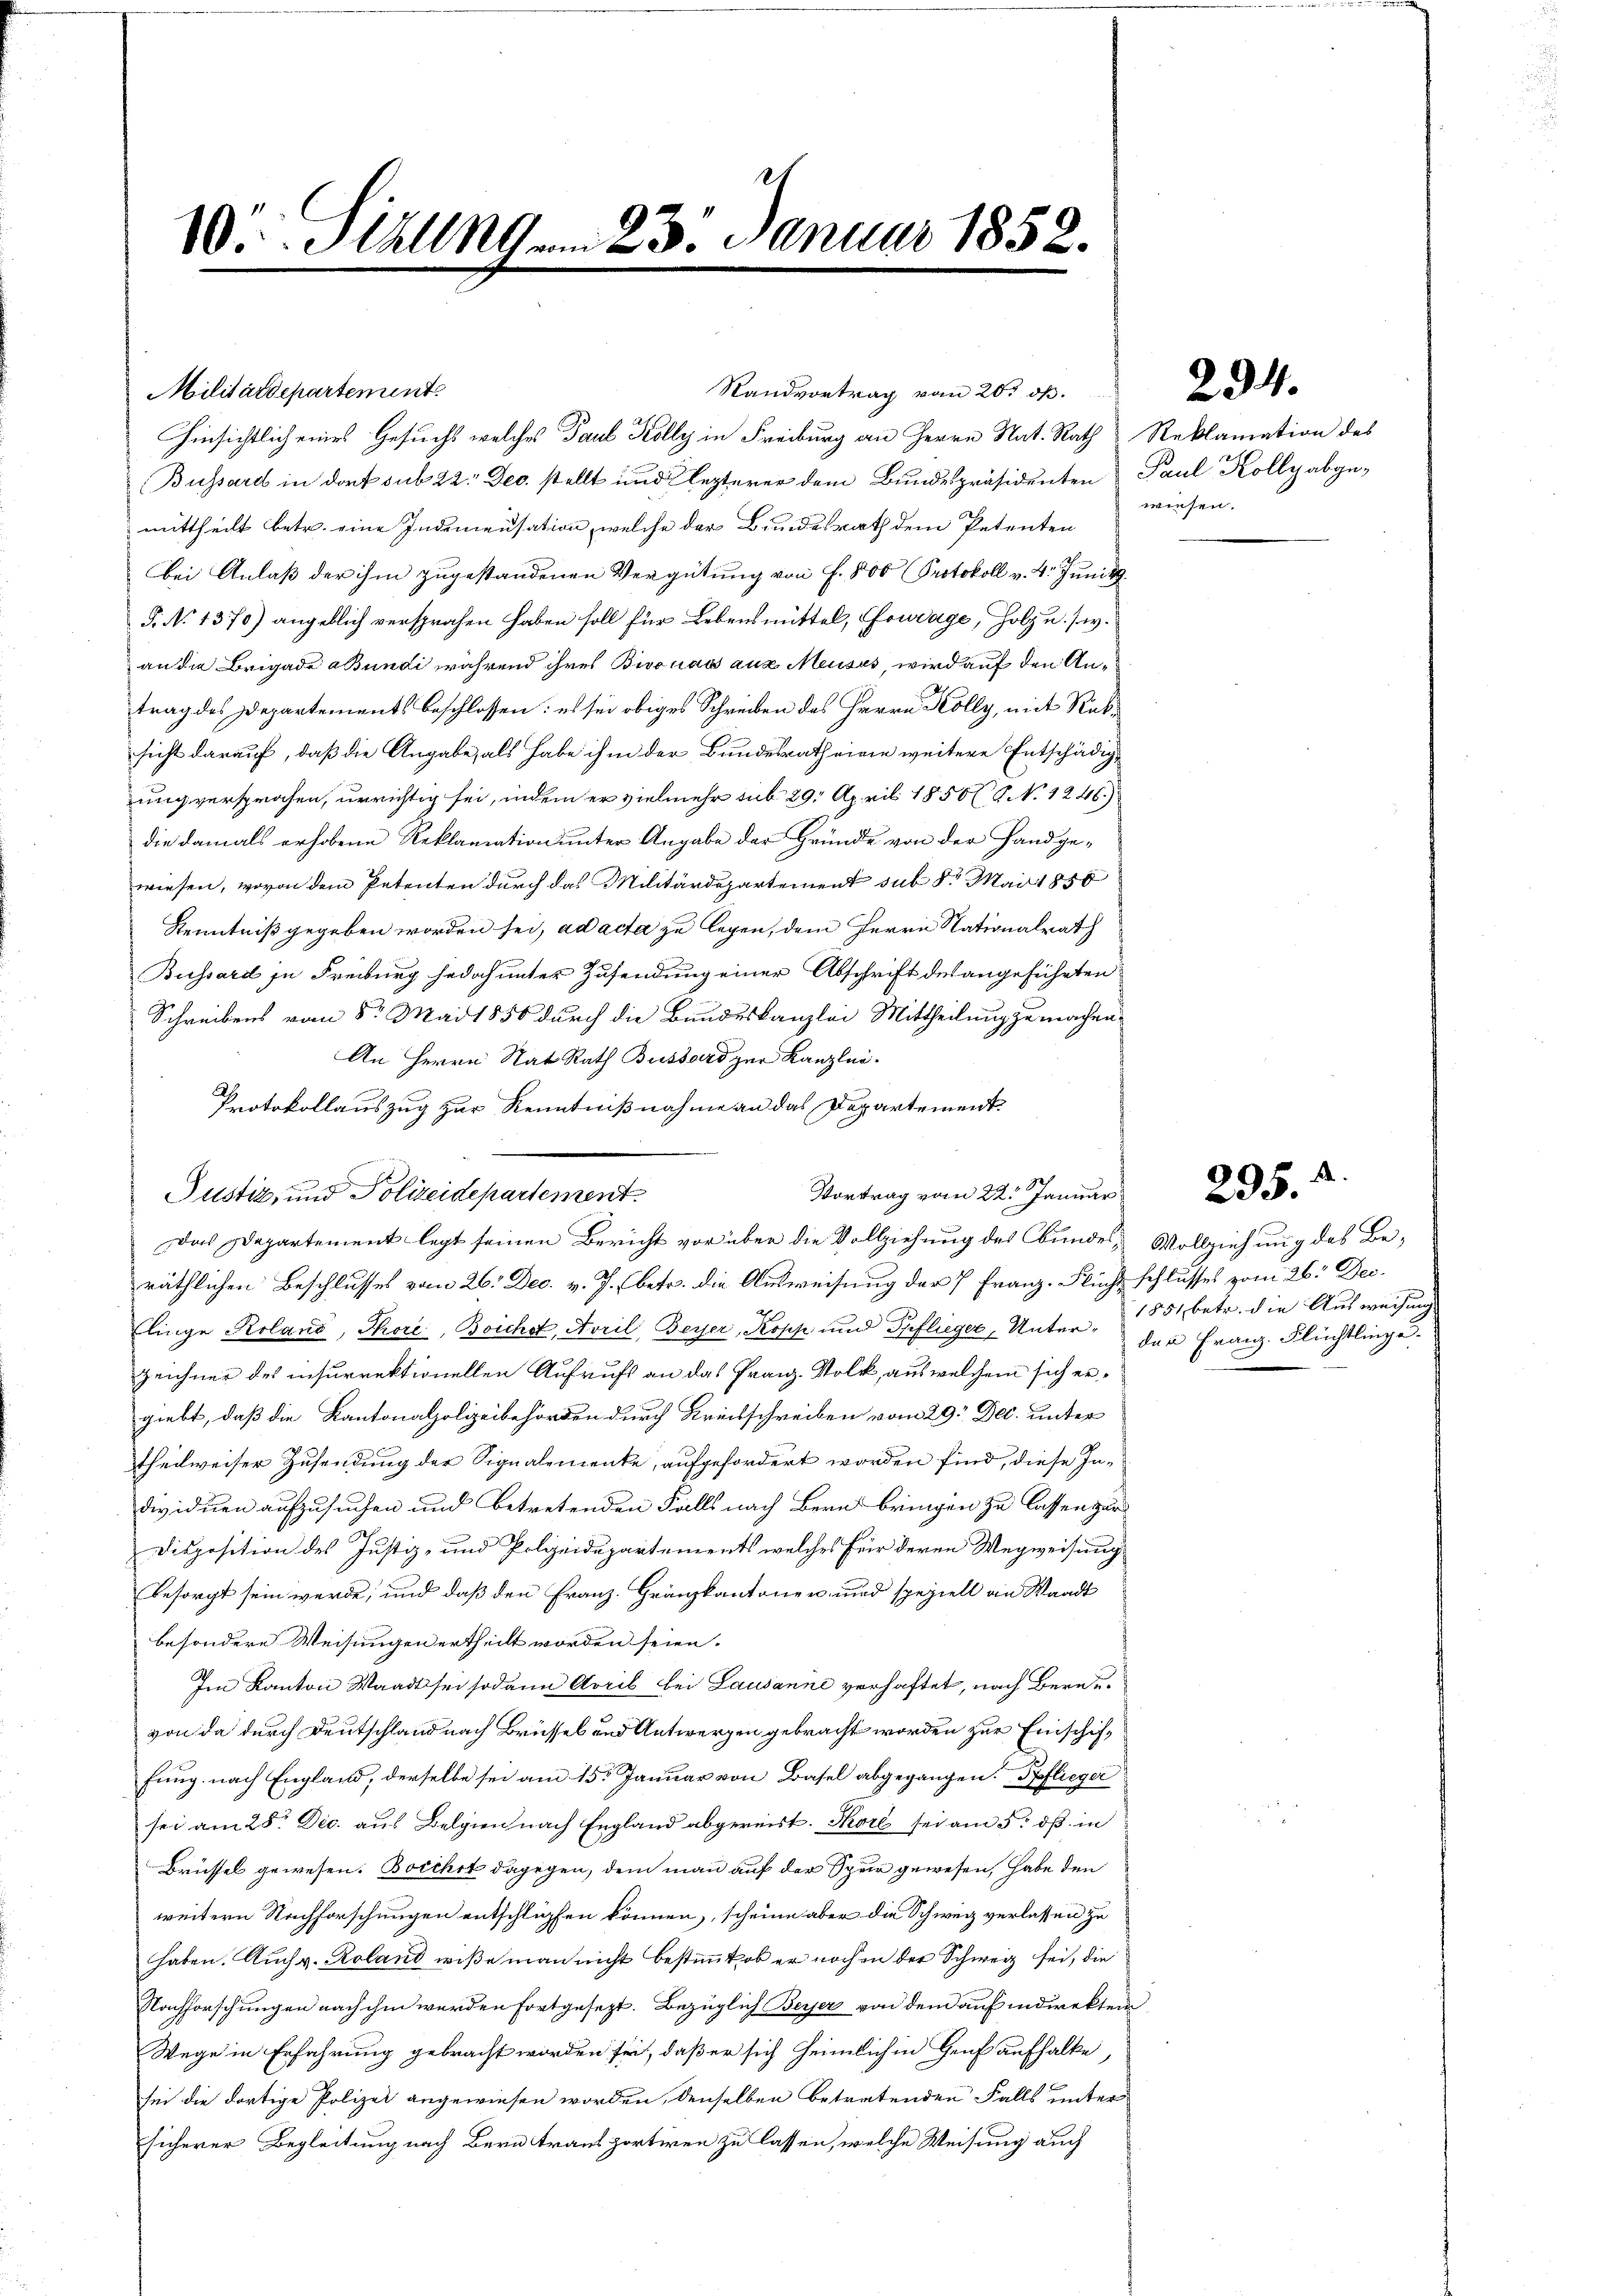
Militärdepartement.
Standvortrag vom 20. ß.
Hinsichtlich eines Gesuchs welches Paul Kolly in Freiburg an Herrn Nat. Rath Reklamation des
Bussard in dort sub 22. Dec. stellt und lezterer dem Bundespräsidenten Paul Kolly abge-
mittheilt betr. eine Indemensation, welche der Bundesrath dem Petenten
bei Anlaß der ihm zugestandenen Vergütung von f. 500 (Protokoll v. 4. Juni
5. No 1370) angeblich versprochen haben soll für Lebensmittel, Courage, Holz u. s. w.
an die Brigade Bundi während ihres Bivonas aus Meuses, wird auf den Antrag des Departements beschlossen: es sei obiges Schreiben des Herrn Kolly, mit Rüksicht darauf, daß die Angabe, als habe ihm der Bundesrath eine weitere Entschädigung versprochen, unrichtig sei, indem er vielmehr sub 29. April 1856 9 No 1246.)
die damals erhobene Reklamation unter Angabe der Gründe von der Handge-
wiesen, wovon dem Petenten durch das Militärdepartement sub 8 Mai 1850
Kenntniß gegeben worden sei, ad acta zu legen, dem Herrn Stationalrath
Buissard in Freiburg jedoch unter Zusendung einer Abschrift des angeführten
Schreibens vom 5. Mai 1850 durch die Bundeskanzlei Mittheilung zu machen,
An Herrn Rat Rath Bussard zur Kanzlei.
Protokollauszug zur Kenntnißnahme an das Departement.
Vortrag vom 22. Januar
Das Departement legt seinen Bericht vor über die Vollziehung des bundes Vollziehung des Beräthlichen Beschlusses vom 26. Dec. v. J. (betr. die Ausweisung der 7 Franz. Flucht schlusses vom 26. Dec.
Elinge Roland, Thore, Boichst, Avril, Beyser, Kopp und Pflieger Unter der Franz. Flüchtling e
Zeichner des insurrektionellen Aufrufs an das Franz. Volk, aus welchem sich ergiebt, daß die Kantonalpolizeibehörden durch Kreisschreiben vom 29. Dec. unter
theilweiser Zusendung der Signalemente, aufgefordert worden sind, diese Individuen aufzusuchen und betretenden Falls nach Bern bringen zu lassen zur
Disposition des Justiz- und Polizeidepartements welches für deren Wegweisung
besorgt sein werde, und daß den Franz. Gränzkantonen und speziell an Waadt
besondere Weisungen ertheilt worden seien.
Im Kanton Waadt sei sodann April bei Lausanne verhaftet, nach Bern
von da durch Deutschland nach Brüssel und Antwergen gebracht worden zur Einschiffung nach England, derselbe sei am 15ten Januar von Basel abgegangen. Pflieger
sei am 28. Dec. aus Belgien nach England abgereist. Thore sei am 5. dß in
Brüssel gewesen. Boichst dagegen, dem man auf der Spur gewesen, habe den
weitern Nachforschungen entschlipfen können, scheine aber die Schweiz verlassen zu
haben. Auch v. Roland wiße man nicht bestimmt, ob er noch in der Schweiz sei, die
Nachforschungen nach ihm werden fortgesezt. Bezüglich Beyser von den auf indirekten
Wege in Erfahrung gebracht worden sei, daß er sich heimlich in Genf aufhalte,
sei die dortige Polizei angewiesen worden, denselben betretenden Falls unter
sicherer Begleitung nach Bern transportiren zu lassen, welche Weisung auch

24
10t. Hall am 23. Januar 1858.

Justiz, und Polizeidepartement

geh

294.

wiesen.

1851 betr. die Ausweisung

295.